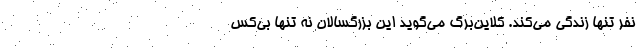
نفر تنها زندگی می‌کند. کلاین‌بِرگ می‌گوید این بزرگسالان نه تنها بی‌کس